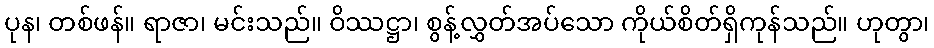
ပုန၊ တစ်ဖန်။ ရာဇာ၊ မင်းသည်။ ဝိဿဋ္ဌာ၊ စွန့်လွှတ်အပ်သော ကိုယ်စိတ်ရှိကုန်သည်။ ဟုတွာ၊